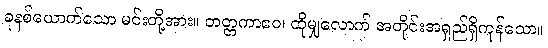
ခုနစ်ယောက်သော မင်းတို့အား။ တတ္တကာဧဝ၊ ထိုမျှလောက် အတိုင်းအရှည်ရှိကုန်သော။